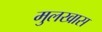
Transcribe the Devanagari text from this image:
मुलखास